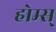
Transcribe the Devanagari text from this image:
होम्स्